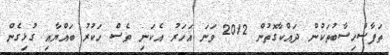
ތަފާސްހިސާބުތަކުން ދައްކާގޮތުން 2012 ވަނަ އަހަރު އެކަނި ވެސް ހަކުރު ބައްޔާއި ގުޅިގެން